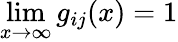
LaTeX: \operatorname*{lim}_{x\to\infty}g_{ij}(x)=1